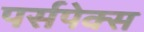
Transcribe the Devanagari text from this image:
पर्सपेक्स